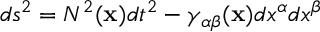
d s ^ { 2 } = N ^ { 2 } ( { \bf x } ) d t ^ { 2 } - \gamma _ { \alpha \beta } ( { \bf x } ) d x ^ { \alpha } d x ^ { \beta }